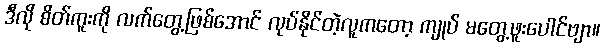
ဒီလို စိတ်ကူးကို လက်တွေ့ဖြစ်အောင် လုပ်နိုင်တဲ့လူကတော့ ကျုပ် မတွေ့ဖူးပေါင်ဗျာ။